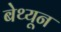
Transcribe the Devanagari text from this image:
बेथ्यून